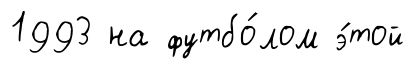
1993 на футбо́лом э́той